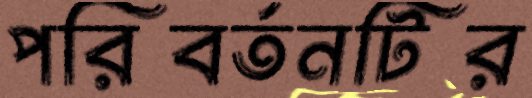
পরিবর্তনটির